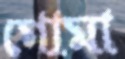
গোমা